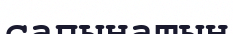
сапынатын